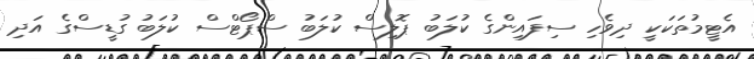
އެޓީމުތަކަކީ ދިވެހި ސިފައިންގެ ކުލަބު ޕޮލިސް ކުލަބު ސްޕޯޓްސް ކުލަބު ގުޑީސްގެ އަދި